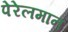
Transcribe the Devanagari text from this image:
पेरेलमान